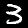
Label: 3